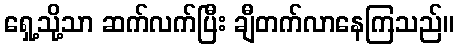
ရှေ့သို့သာ ဆက်လက်ပြီး ချီတက်လာနေကြသည်။